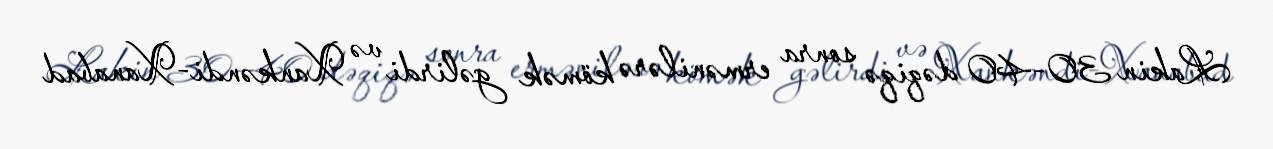
Lakin 30-40 dəqiqə sonra ermənilərə kömək gəlirdi və Xankəndi-Xanabad